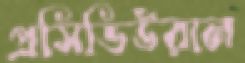
প্রসিডিউরাল